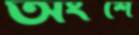
অংশে